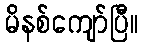
မိနစ်ကျော်ပြီ။